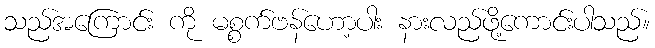
သည်အကြောင်း ကို မစ္စက်ဗန်ဟော့ပါး နားလည်ဖို့ကောင်းပါသည်။